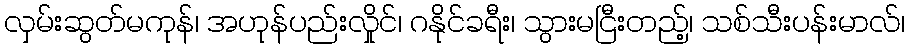
လှမ်းဆွတ်မကုန်၊ အဟုန်ပည်းလှိုင်၊ ဂနိုင်ခရီး၊ သွားမငြီးတည့်၊ သစ်သီးပန်းမာလ်၊